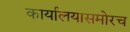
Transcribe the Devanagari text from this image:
कार्यालयासमोरच